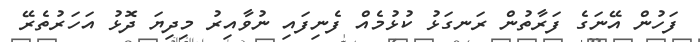
ފަހުން އޭނަގެ ފަރާތުން ރަނގަޅު ކުޅުމެއް ފެނިފައި ނުވާއިރު މިދިޔަ ދޮޅު އަހަރުތެރޭ